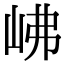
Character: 𡶒